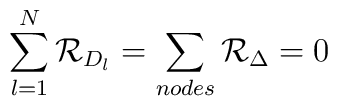
\sum_{l=1}^{N} {\cal R}_{D_{l}} = \sum_{nodes} {\cal R}_{\Delta} = 0